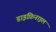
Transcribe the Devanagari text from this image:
डाइफ़िनाइल